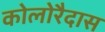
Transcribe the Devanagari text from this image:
कोलोरैदास